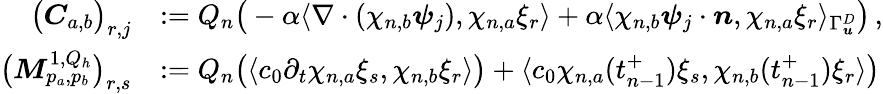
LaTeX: \begin{array}{rl}{\big(\boldsymbol C_{{a},{b}}\big)_{r,j}}&{:=Q_{n}\big(-\alpha\langle\nabla\cdot(\chi_{n,b}\boldsymbol\psi_{j}),\chi_{n,a}\xi_{r}\rangle+\alpha\langle\chi_{n,b}\boldsymbol\psi_{j}\cdot\boldsymbol n,\chi_{n,a}\xi_{r}\rangle_{\Gamma_{\boldsymbol u}^{D}}\big)\, ,}\\ {\big(\boldsymbol M_{p_{a},p_{b}}^{1,Q_{h}}\big)_{r,s}}&{:=Q_{n}\big(\langle c_{0}\partial_{t}\chi_{n,a}\xi_{s},\chi_{n,b}\xi_{r}\rangle\big)+\langle c_{0}\chi_{n,a}(t_{n-1}^{+})\xi_{s},\chi_{n,b}(t_{n-1}^{+})\xi_{r}\rangle\big)}\end{array}